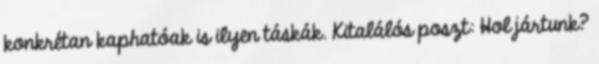
konkrétan kaphatóak is ilyen táskák. Kitalálós poszt: Hol jártunk?